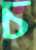
চ